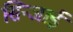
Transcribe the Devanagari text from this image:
सिन्जाई